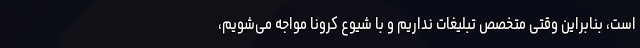
است، بنابراین وقتی متخصص تبلیغات نداریم و با شیوع کرونا مواجه می‌شویم،